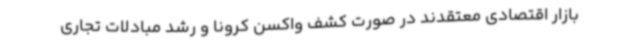
بازار اقتصادی معتقدند در صورت کشف واکسن کرونا و رشد مبادلات تجاری